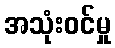
အသုံးဝင်မှု